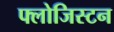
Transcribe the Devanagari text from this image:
फ्लोजिस्टन